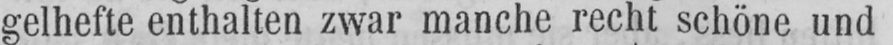
gelhefte enthalten zwar manche recht schöne und